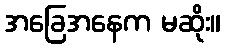
အခြေအနေက မဆိုး။